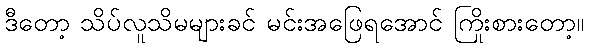
ဒီတော့ သိပ်လူသိမများခင် မင်းအဖြေရအောင် ကြိုးစားတော့။